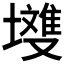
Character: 𭏽